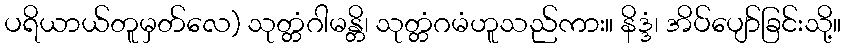
ပရိယာယ်တူမှတ်လေ) သုတ္တံဂါမန္တိ၊ သုတ္တံဂမံဟူသည်ကား။ နိဒ္ဒံ၊ အိပ်ပျော်ခြင်းသို့။